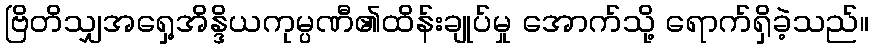
ဗြိတိသျှအရှေ့အိန္ဒိယကုမ္ပဏီ၏ထိန်းချုပ်မှု အောက်သို့ ရောက်ရှိခဲ့သည်။